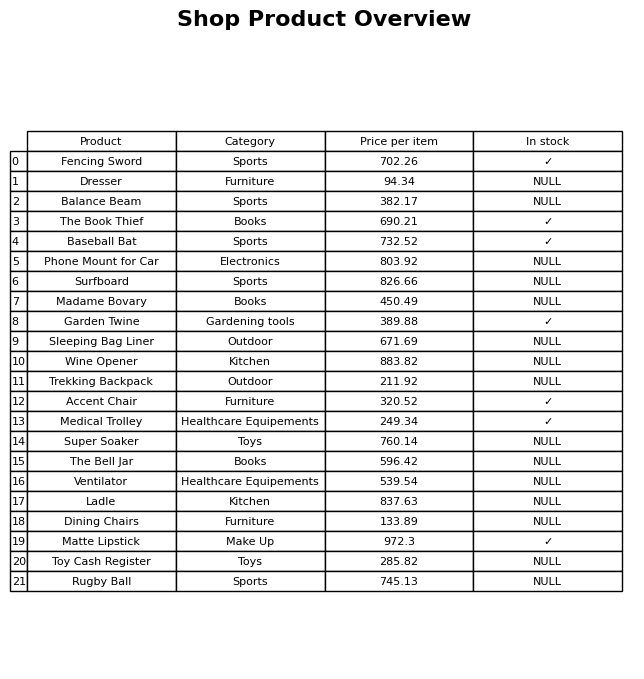
question: Which products are currently out of stock?
answer: Dresser, Balance Beam, Phone Mount for Car, Surfboard, Madame Bovary, Sleeping Bag Liner, Wine Opener, Trekking Backpack, Super Soaker, The Bell Jar, Ventilator, Ladle, Dining Chairs, Toy Cash Register, Rugby Ball